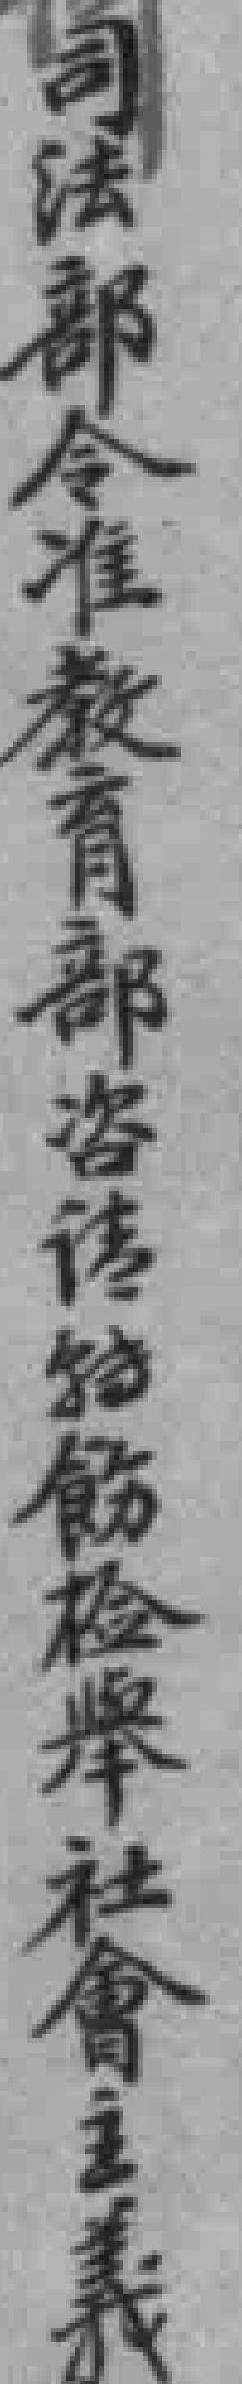
司法部令准教育部咨请*飭检舉社會主義